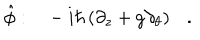
\hat { \phi } : \ \ \ - i \hbar \left( \partial _ { z } + g \partial _ { \theta } \right) \ \ \ .